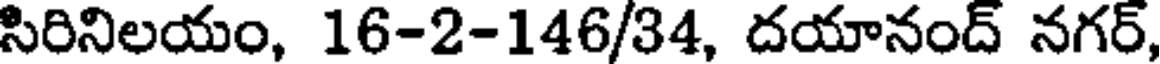
సిరినిలయం, 16-2-146/34, దయానంద్ నగర్,